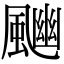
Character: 𩘈